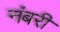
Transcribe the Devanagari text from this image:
नंबरी